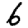
Digit: 6